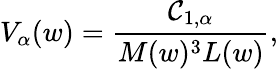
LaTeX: V_{\alpha}(w)=\frac{{\cal C}_{1,\alpha}}{M(w)^{3}L(w)},